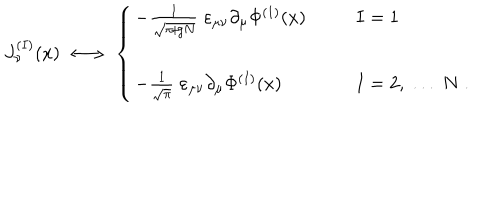
J _ { \nu } ^ { ( I ) } ( x ) \; \longleftrightarrow \; \left\{ \begin{array} { l l } { { - \frac { 1 } { \sqrt { \pi \! + \! g N } } \; \varepsilon _ { \mu \nu } \partial _ { \mu } \Phi ^ { ( 1 ) } ( x ) } } & { { I = 1 } } \\ { { \; } } & { { \; } } \\ { { - \frac { 1 } { \sqrt { \pi } } \; \varepsilon _ { \mu \nu } \partial _ { \mu } \Phi ^ { ( I ) } ( x ) } } & { { I = 2 , \; . . . \; N \; . } } \\ \end{array} \right.